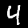
Digit: 4